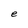
Character: e